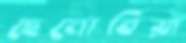
ছেনোবিয়া